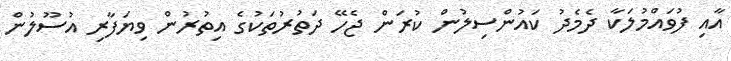
އާއި ފުވައްމުލަކާ ދެމެދު ކައުންސިލުން ކުރަން ޖެހޭ ދަތުރުތަކުގެ އިތުރުން ވިޔަފާރި އުސޫލުން